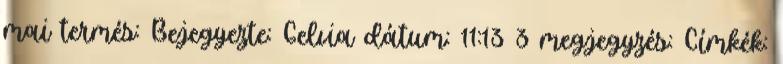
mai termés: Bejegyezte: Gelvia dátum: 11:13 3 megjegyzés: Címkék: